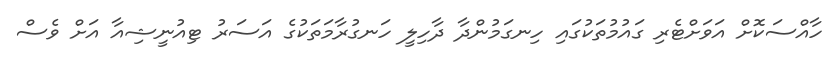
ހާއްސަކޮށް އަވަށްޓެރި ގައުމުތަކުގައި ހިނގަމުންދާ ދާހިލީ ހަނގުރާމަތަކުގެ އަސަރު ޓިއުނީޝިއާ އަށް ވެސް